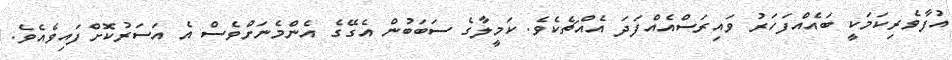
އުފާވެރިކަމަކީ ބައެއްފަހަރު ވައިރަސްއެއްފަދަ އެއްޗެކެވެ. ކަމީލާގެ ސަބަބުން އެގޭގެ އެންމެނަށްވެސް އެ އަސަރުކޮށްފައިވެއެވެ.